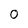
Character: 0